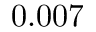
0 . 0 0 7